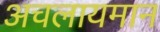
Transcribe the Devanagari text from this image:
अचलायमान